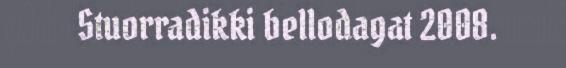
Stuorradikki bellodagat 2008.